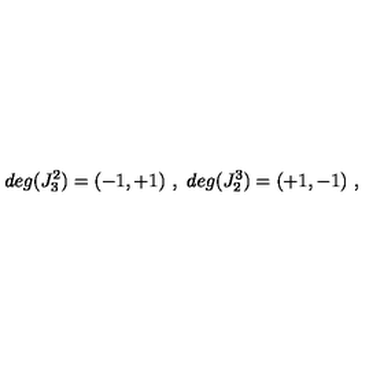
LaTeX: d e g ( J _ { 3 } ^ { 2 } ) = ( - 1 , + 1 ) \ , \ d e g ( J _ { 2 } ^ { 3 } ) = ( + 1 , - 1 ) \ ,